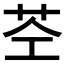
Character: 𮎥